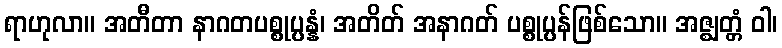
ရာဟုလာ။ အတီတာ နာဂတပစ္စုပ္ပန္နံ၊ အတိတ် အနာဂတ် ပစ္စုပ္ပန်ဖြစ်သော။ အဇ္ဈတ္တံ ဝါ၊